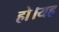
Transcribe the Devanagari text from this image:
हो।यह